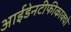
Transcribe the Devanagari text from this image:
आईडेनटीफीकाक्यो